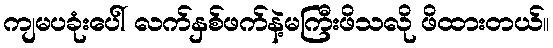
ကျမပခုံးပေါ် လက်နှစ်ဖက်နဲ့မကြီးဖိသလို ဖိထားတယ်။